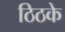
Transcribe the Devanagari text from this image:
ठिठके